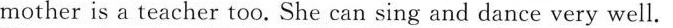
mother is a teacher too. She can sing and dance very well.